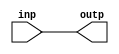
module SIG_NR_NDCL (inp, outp);   
   input inp;   
   output outp;
   wor inp;   
   assign outp = inp; 
endmodule